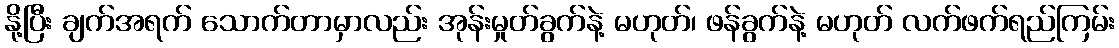
နို့ပြီး ချက်အရက် သောက်တာမှာလည်း အုန်းမှုတ်ခွက်နဲ့ မဟုတ်၊ ဖန်ခွက်နဲ့ မဟုတ် လက်ဖက်ရည်ကြမ်း